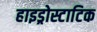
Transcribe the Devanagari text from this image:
हाइड्रोस्टाटिक